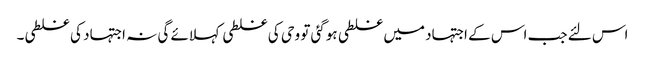
اس لئے جب اس کے اجتہاد میں غلطی ہوگئی تو وحی کی غلطی کہلائے گی نہ اجتہاد کی غلطی۔